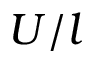
U / l